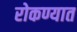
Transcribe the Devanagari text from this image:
रोकण्यात